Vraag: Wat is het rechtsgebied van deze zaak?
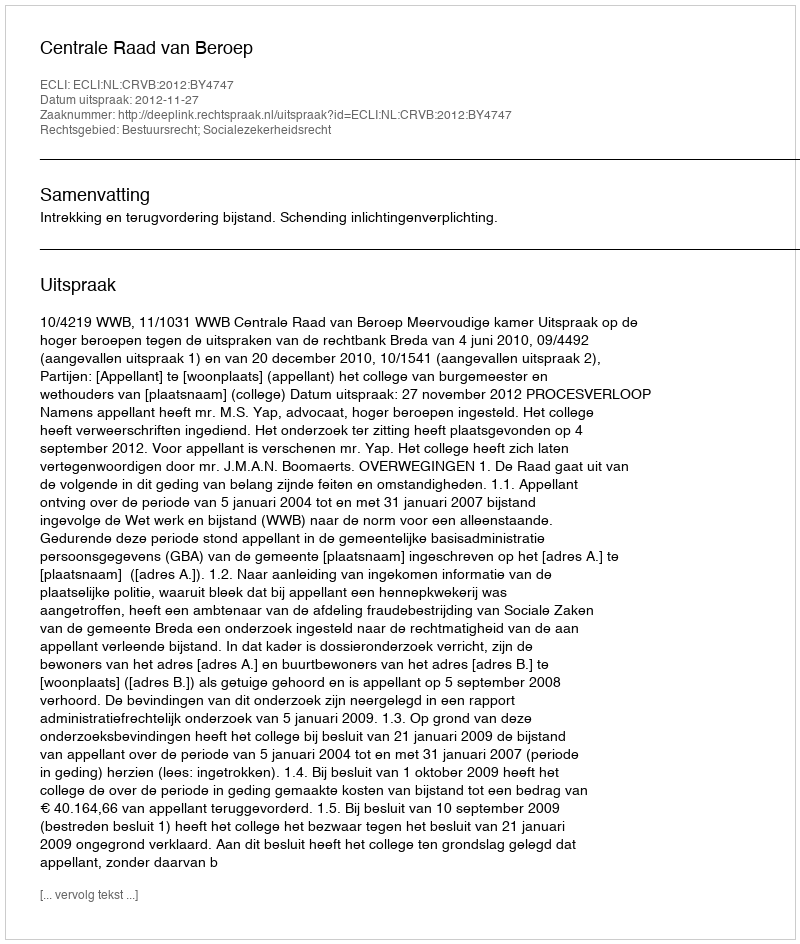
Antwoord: Bestuursrecht; Socialezekerheidsrecht